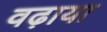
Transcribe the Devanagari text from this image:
वढ़ाया